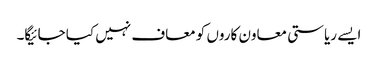
ایسے ریاستی معاون کاروں کو معاف نہیں کیا جائیگا۔